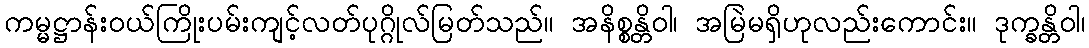
ကမ္မဋ္ဌာန်းဝယ်ကြိုးပမ်းကျင့်လတ်ပုဂ္ဂိုလ်မြတ်သည်။ အနိစ္စန္တိဝါ၊ အမြဲမရှိဟုလည်းကောင်း။ ဒုက္ခန္တိဝါ၊